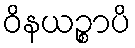
ဝိနယဉ္စာပိ